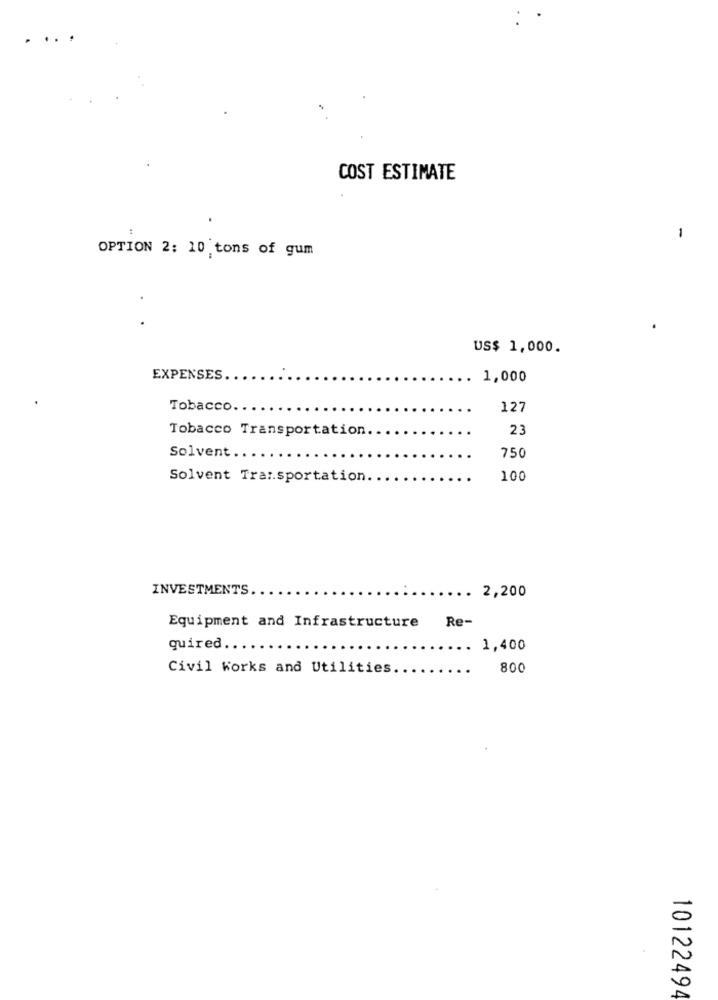
. ...
COST ESTIMATE
:
1
OPTION 2: 10 tons of gum
US$ 1,000.
EXPENSES
..
1,000
Tobacco ..
127
Tobacco Transportation.
23
Solvent ...
750
Solvent Transportation.
100
INVESTMENTS.
2,200
Re-
Equipment and Infrastructure
quired ...
. 1,400
Civil works and Utilities
800
10122494